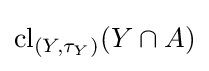
\operatorname {cl} _{\left(Y,\tau _{Y}\right)}(Y\cap A)